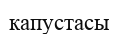
капустасы